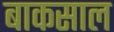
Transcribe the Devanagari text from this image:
बाकसाल